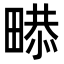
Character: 𤲻